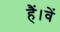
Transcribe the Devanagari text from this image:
हैं।वें